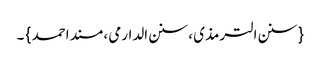
{ سنن الترمذی ، سنن الدارمی ، مسند احمد } ۔